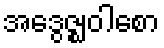
အဒွေဇ္ဈဝါစော